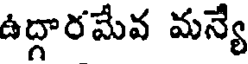
ఉద్దారమేవ మన్యే